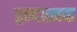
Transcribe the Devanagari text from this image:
द्वन्दात्मक